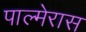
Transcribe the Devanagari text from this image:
पाल्मेरास